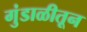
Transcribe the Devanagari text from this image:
गुंडाळीतून